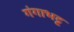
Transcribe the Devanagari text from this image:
गंगाभट्ट